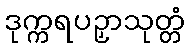
ဒုက္ကရပဉှာသုတ္တံ